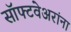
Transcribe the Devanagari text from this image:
सॉफ्टवेअरांना